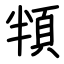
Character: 頖